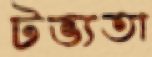
টভ্যতা